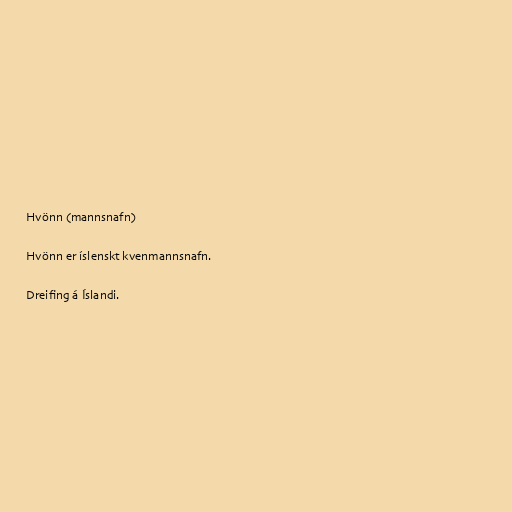
Hvönn (mannsnafn)

Hvönn er íslenskt kvenmannsnafn.

Dreifing á Íslandi.